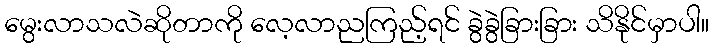
မွေးလာသလဲဆိုတာကို လေ့လာညကြည့်ရင် ခွဲခွဲခြားခြား သိနိုင်မှာပါ။